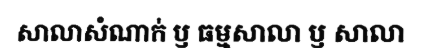
សាលាសំណាក់ ឫ ធម្មសាលា ឫ សាលា